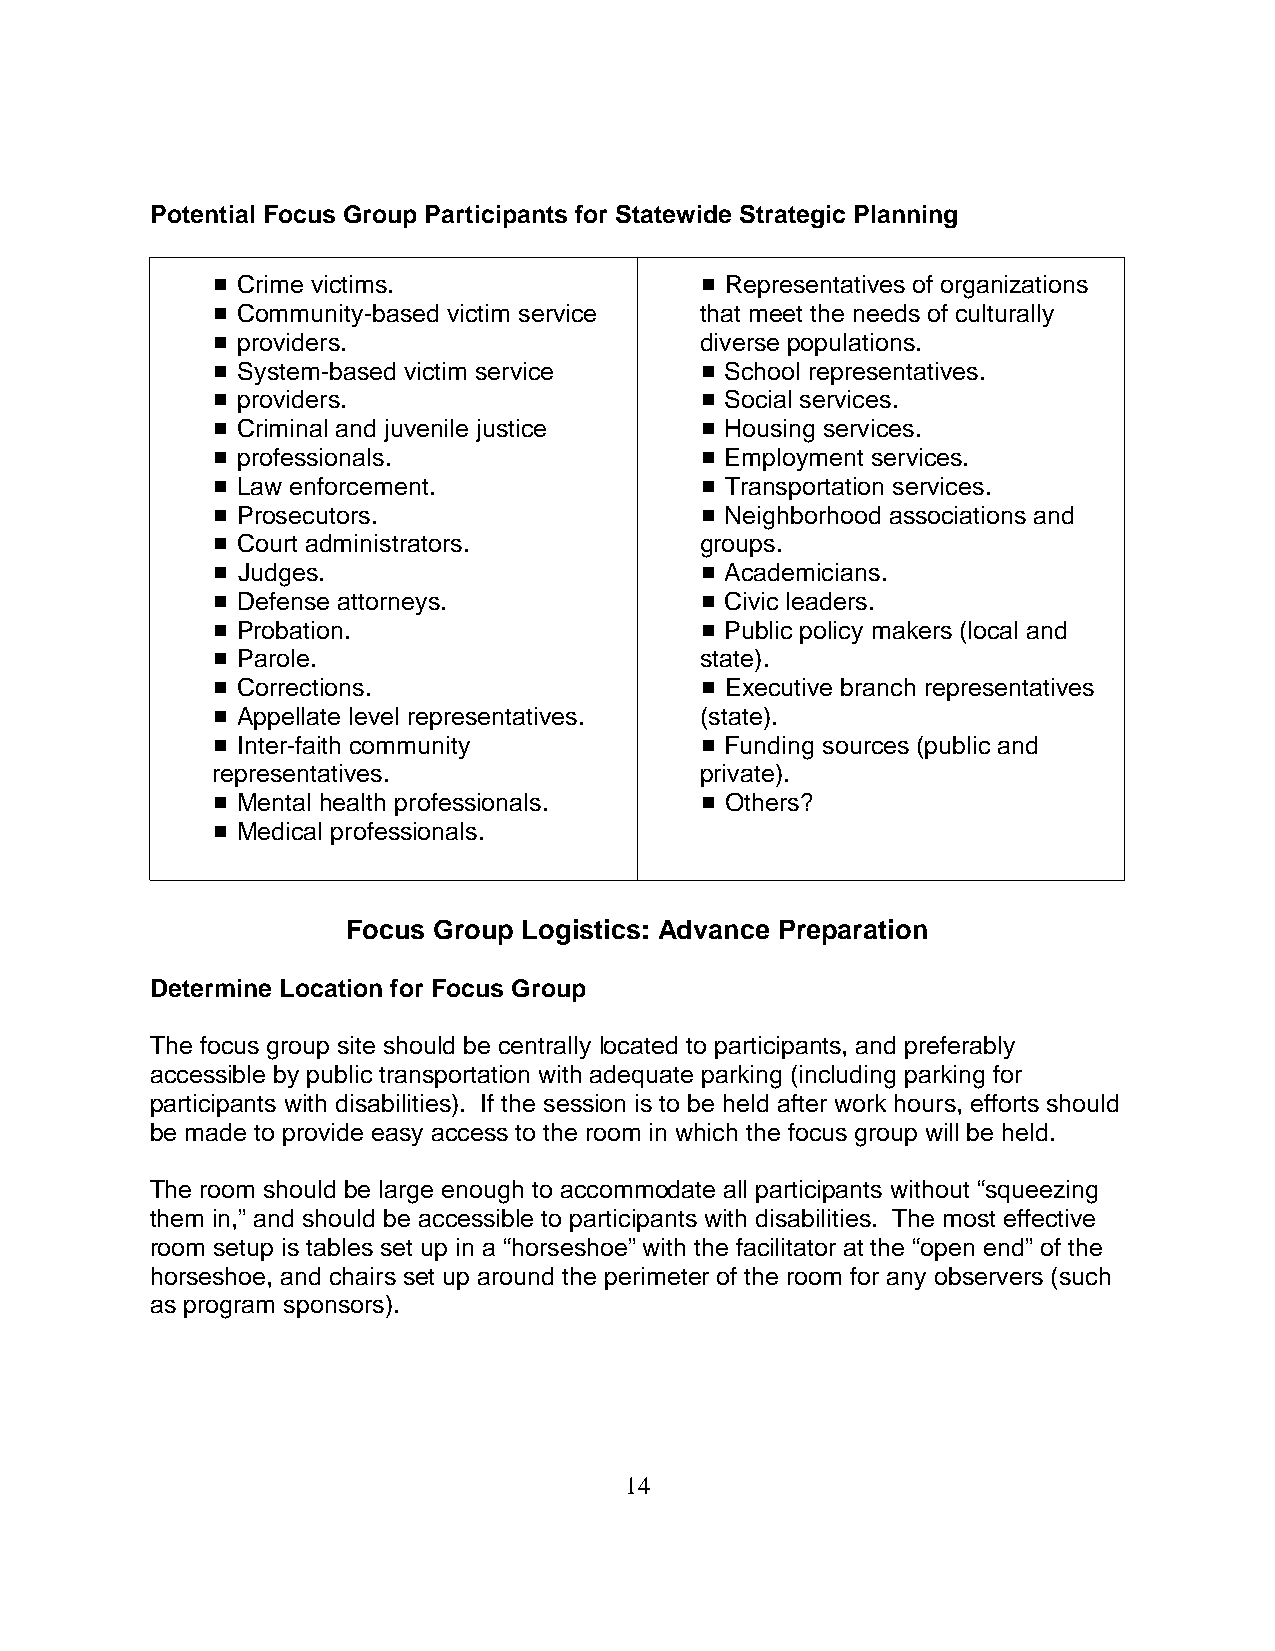
Potential Focus Group Participants for Statewide Strategic Planning
 # Crime victims.                # Representatives of organizations
 # Community-based victim service that meet the needs of culturally
 # providers.                    diverse populations.
 # System-based victim service   # School representatives.
 # providers.                    # Social services.
 # Criminal and juvenile justice # Housing services.
 # professionals.                # Employment services.
 # Law enforcement.              # Transportation services.
 # Prosecutors.                  # Neighborhood associations and
 # Court administrators.         groups.
 # Judges.                       # Academicians.
 # Defense attorneys.            # Civic leaders.
 # Probation.                    # Public policy makers (local and
 # Parole.                       state).
 # Corrections.                  # Executive branch representatives
 # Appellate level representatives. (state).
 # Inter-faith community         # Funding sources (public and
 representatives.                private).
 # Mental health professionals.  # Others?
 # Medical professionals.
 Focus Group Logistics: Advance Preparation
 Determine Location for Focus Group
 The focus group site should be centrally located to participants, and preferably
 accessible by public transportation with adequate parking (including parking for
 participants with disabilities). If the session is to be held after work hours, efforts should
 be made to provide easy access to the room in which the focus group will be held.
 The room should be large enough to accommodate all participants without “squeezing
 them in,” and should be accessible to participants with disabilities. The most effective
 room setup is tables set up in a “horseshoe” with the facilitator at the “open end” of the
 horseshoe, and chairs set up around the perimeter of the room for any observers (such
 as program sponsors).
 14